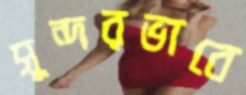
সুন্দরভাবে